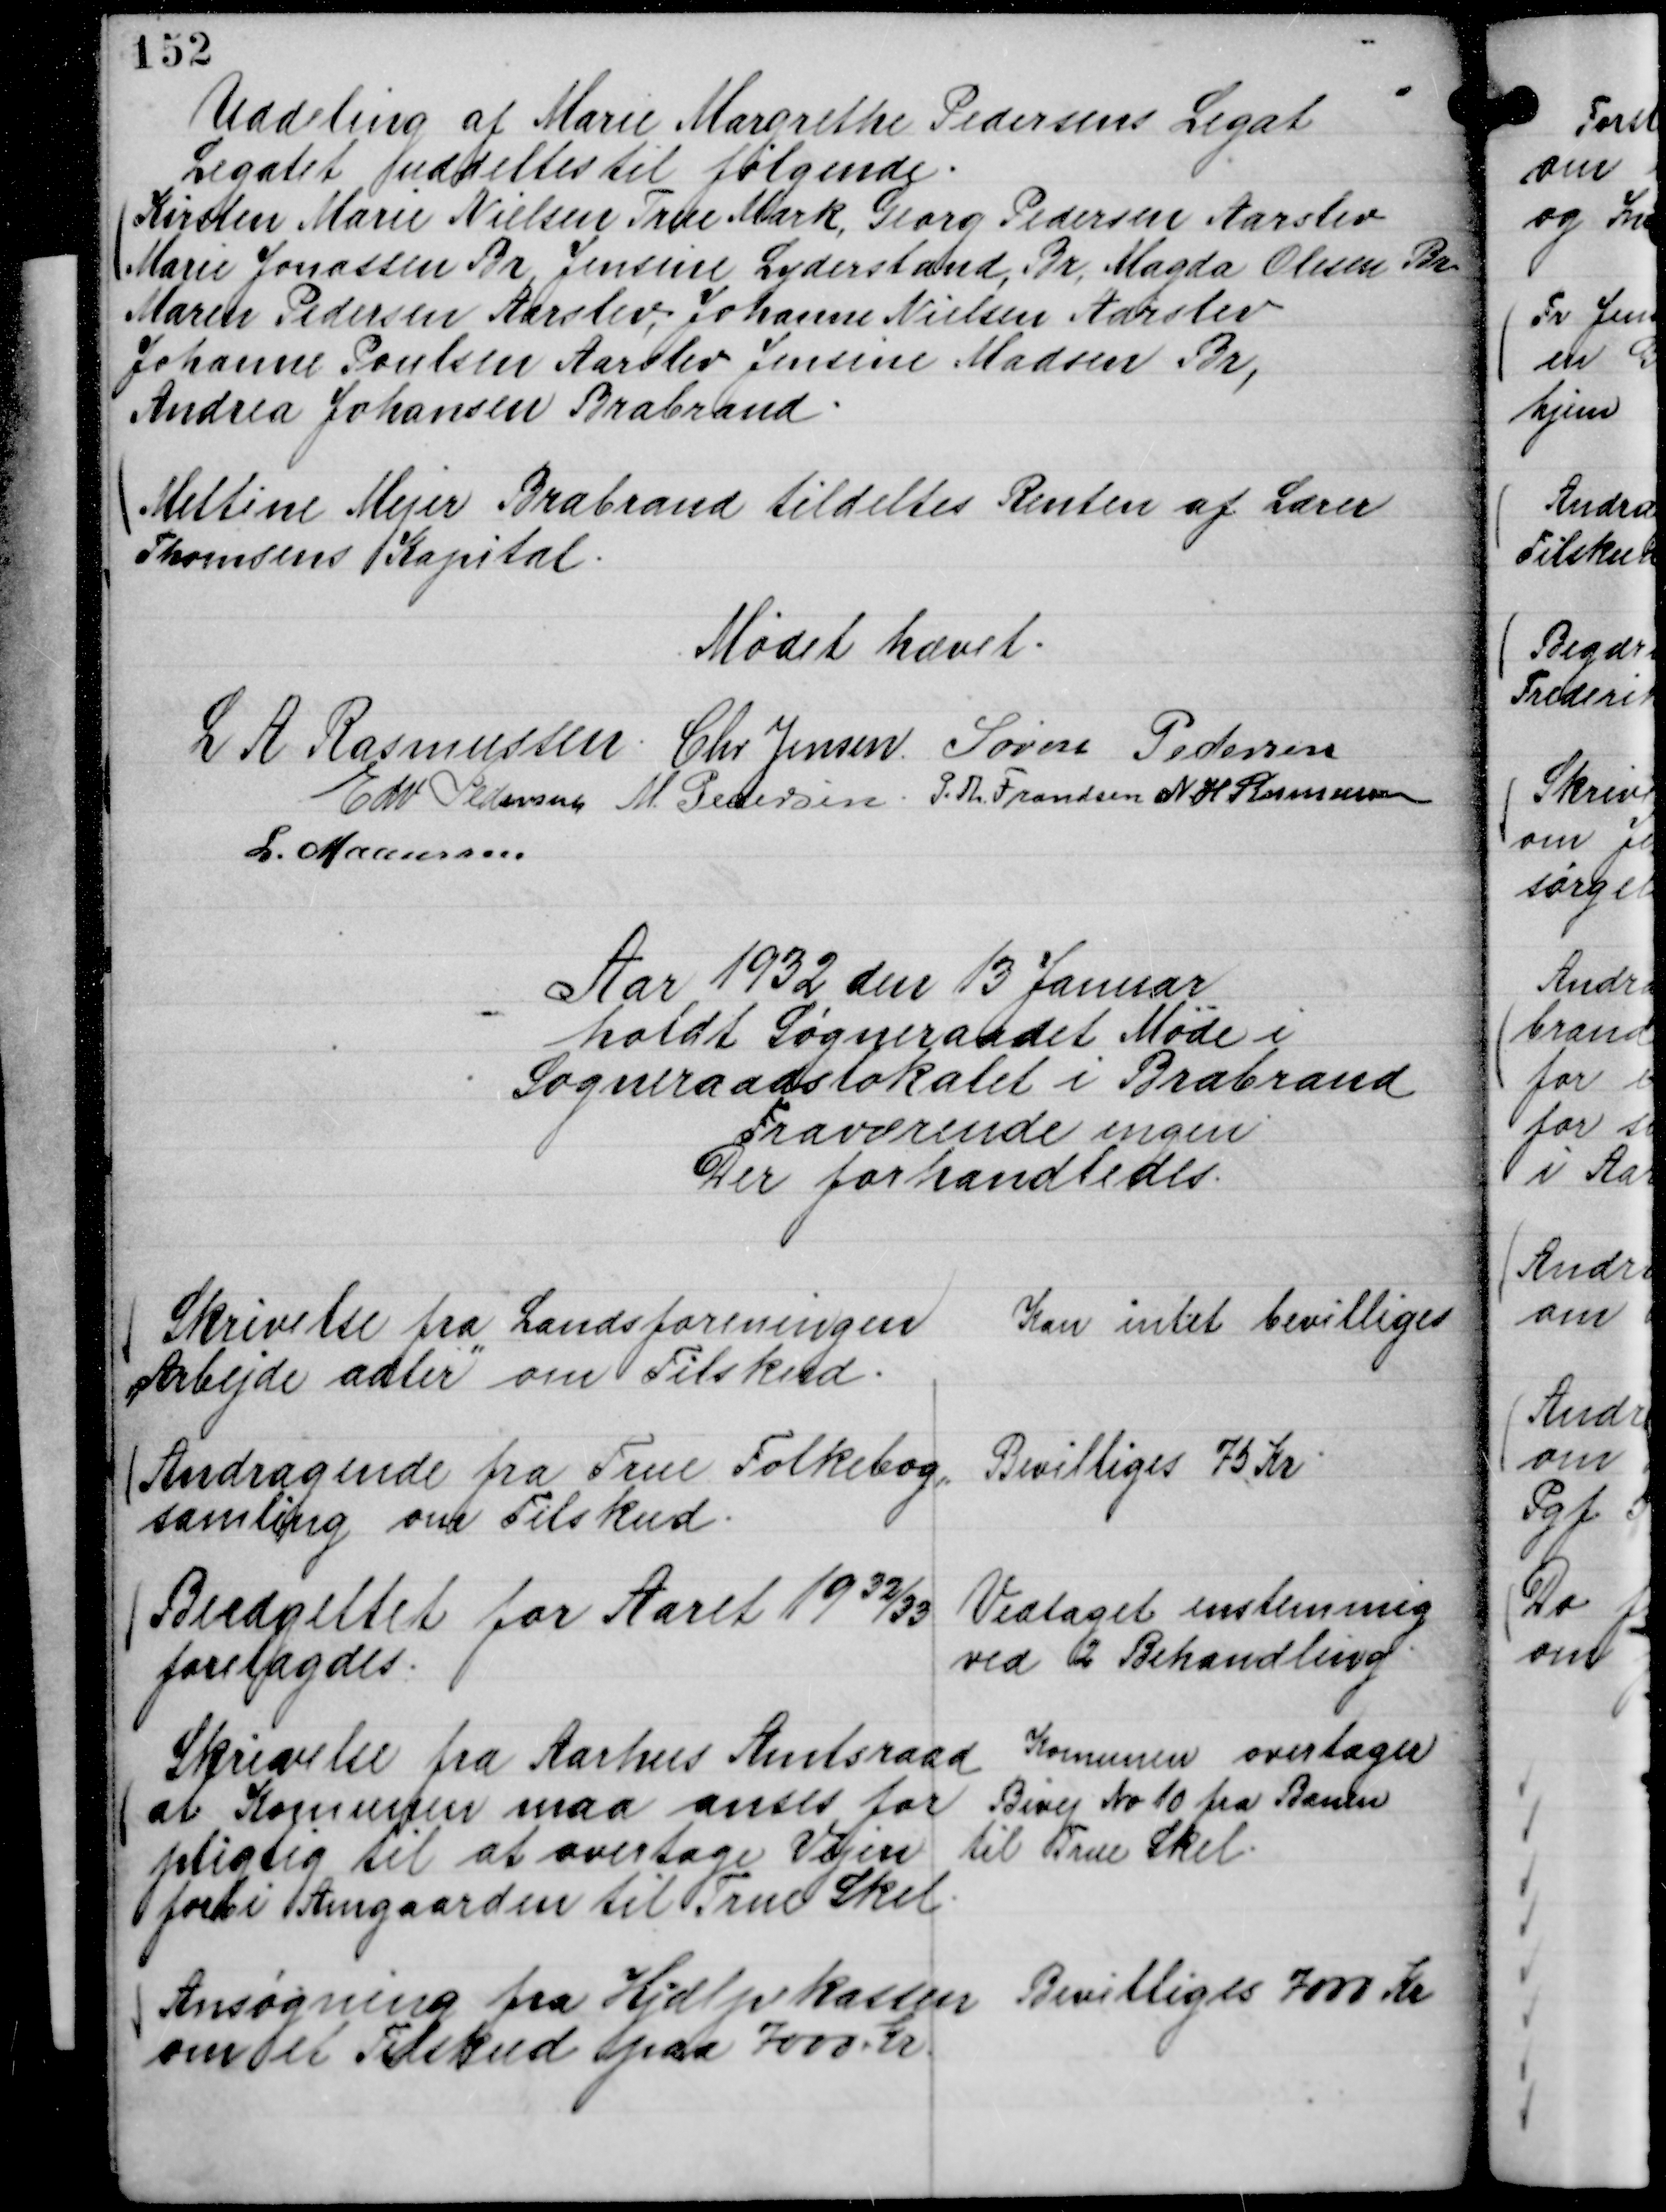
Transskription:
Uddeling af Marie Margrethe Pedersens Legat
Legatet uddeltes til følgende.
Kirsten Marie Nielsen True Mark, Georg Pedersen Aarslev
Marie Jonassen Br, Jensine Lyderstand, Br, Magda Olesen Br.
Maren Pedersen Aarslev, Johanne Nielsen Aarslev
Johanne Poulsen Aarslev Jensine Madsen Br,
Andrea Johansen Brabrand.

Mettine Mejer Brabrand tildeltes Renten af Lærer
Thomsens Kapital.

Mødet hævet.
L A Rasmussen.
Chr Jensen
Søren Pedersen
Edv Pedersen
M. Pedersen.
P. Th. Frandsen
N. H Rasmussen
L. Maansson

Aar 1932 den 13 Januar
holdt Sogneraadet Møde i
Sogneraadslokalet i Brabrand
Fraværende ingen
Der forhandledes.

Skrivelse fra Landsforeningen
"Arbejde adler"

om Tilskud.

Kan intet bevilliges

Andragende fra True Folkebog,,
samling om Tilskud.

Bevilliges 75 Kr

Budgettet for Aaret 19

32/33
forelagdes.

Vedtaget enstemmig
ved 2 Behandling.

Skrivelse fra Aarhus Amtsraad
at Komunen maa anses for
pligtig til at overtage Vejen
forbi Amgaarden til True Skel

Komunen overtager
Bivej No 10 fra Banen
til True Skel.

Ansøgning fra Hjælpekassen
om et Tilskud paa 7000. Kr.

Bevilliges 7000 Kr